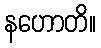
နဟောတိ။